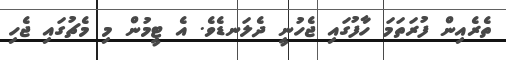
ތެރެއިން ފުރަތަމަ ހާފުގައި ޖެހުނީ ދެލަނޑެވެ. އެ ޓީމުން މި މެޗުގައި ޖެހި